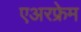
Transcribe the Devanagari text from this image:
एअरफ्रेम